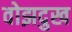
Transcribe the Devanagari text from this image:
वोझदुख